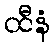
ထီနံ